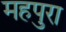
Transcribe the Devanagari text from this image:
महपुरा